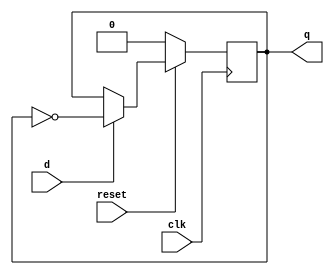
module tflipflop (d , clk , reset , q); input d, clk, reset ;
output reg q;
always @ ( posedge clk) if (~reset) begin
q <= 1'b0;
end else if (d) begin q <= !q;
end
 
endmodule